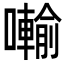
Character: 𭌋